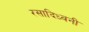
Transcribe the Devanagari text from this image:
रसादिध्वनी